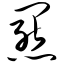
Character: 罴